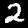
Label: 2